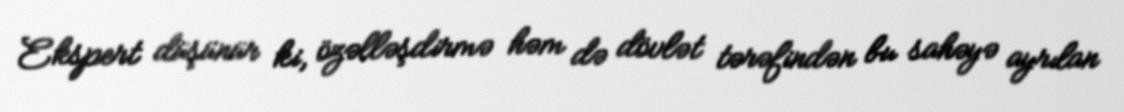
Ekspert düşünür ki, özəlləşdirmə həm də dövlət tərəfindən bu sahəyə ayrılan